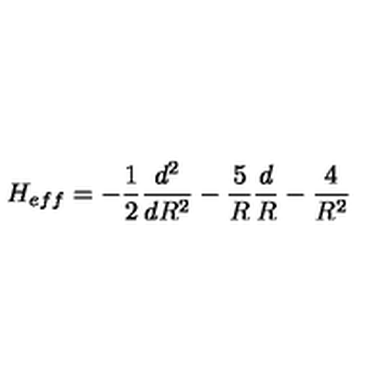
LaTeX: H _ { e f f } = - \frac { 1 } { 2 } \frac { d ^ { 2 } } { d R ^ { 2 } } - \frac { 5 } { R } \frac { d } { R } - \frac { 4 } { R ^ { 2 } }